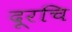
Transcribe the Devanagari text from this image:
दूरचि